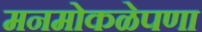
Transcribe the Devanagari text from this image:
मनमोकळेपणा